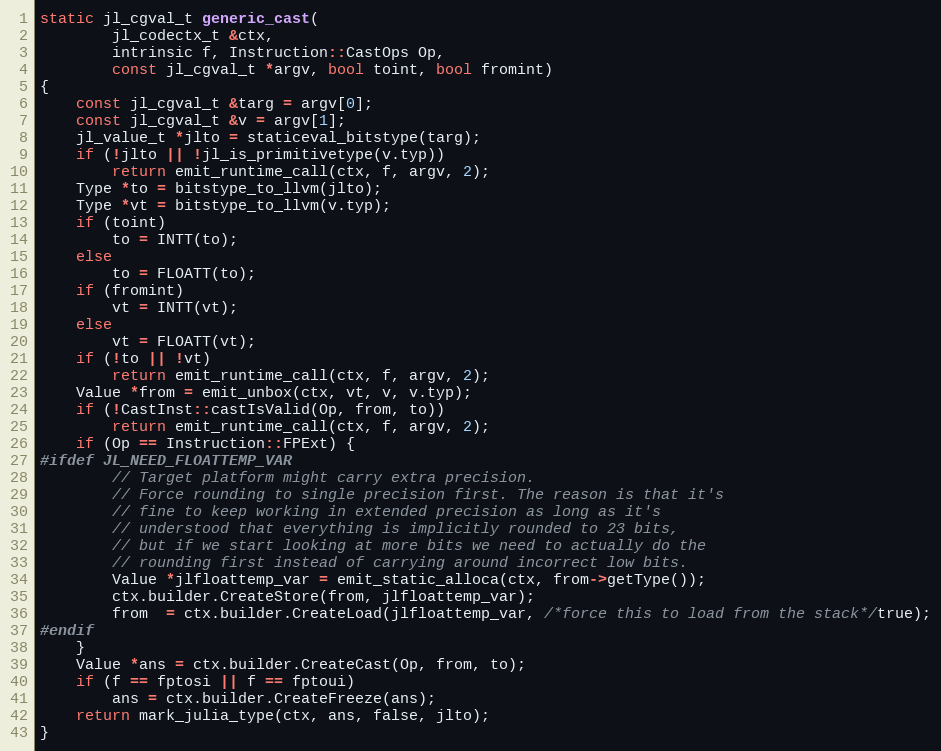
Language: C++
static jl_cgval_t generic_cast(
        jl_codectx_t &ctx,
        intrinsic f, Instruction::CastOps Op,
        const jl_cgval_t *argv, bool toint, bool fromint)
{
    const jl_cgval_t &targ = argv[0];
    const jl_cgval_t &v = argv[1];
    jl_value_t *jlto = staticeval_bitstype(targ);
    if (!jlto || !jl_is_primitivetype(v.typ))
        return emit_runtime_call(ctx, f, argv, 2);
    Type *to = bitstype_to_llvm(jlto);
    Type *vt = bitstype_to_llvm(v.typ);
    if (toint)
        to = INTT(to);
    else
        to = FLOATT(to);
    if (fromint)
        vt = INTT(vt);
    else
        vt = FLOATT(vt);
    if (!to || !vt)
        return emit_runtime_call(ctx, f, argv, 2);
    Value *from = emit_unbox(ctx, vt, v, v.typ);
    if (!CastInst::castIsValid(Op, from, to))
        return emit_runtime_call(ctx, f, argv, 2);
    if (Op == Instruction::FPExt) {
#ifdef JL_NEED_FLOATTEMP_VAR
        // Target platform might carry extra precision.
        // Force rounding to single precision first. The reason is that it's
        // fine to keep working in extended precision as long as it's
        // understood that everything is implicitly rounded to 23 bits,
        // but if we start looking at more bits we need to actually do the
        // rounding first instead of carrying around incorrect low bits.
        Value *jlfloattemp_var = emit_static_alloca(ctx, from->getType());
        ctx.builder.CreateStore(from, jlfloattemp_var);
        from  = ctx.builder.CreateLoad(jlfloattemp_var, /*force this to load from the stack*/true);
#endif
    }
    Value *ans = ctx.builder.CreateCast(Op, from, to);
    if (f == fptosi || f == fptoui)
        ans = ctx.builder.CreateFreeze(ans);
    return mark_julia_type(ctx, ans, false, jlto);
}